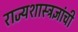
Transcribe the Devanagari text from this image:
राज्यशास्त्रज्ञांची